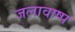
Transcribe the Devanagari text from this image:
जलावाष्प